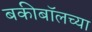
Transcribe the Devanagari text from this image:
बकीबॉलच्या